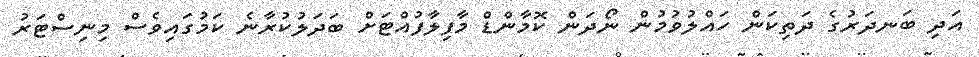
އަދި ބަނދަރުގެ ދަތިކަން ހައްލުވުމުން ނޯދަން ކޮމާންޑް މާފިލާފުއްޓަށް ބަދަލުކުރާނެ ކަމުގައިވެސް މިނިސްޓަރު